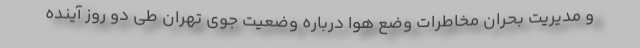
و مدیریت بحران مخاطرات وضع هوا درباره وضعیت جوی تهران طی دو روز آینده